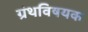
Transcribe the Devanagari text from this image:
ग्रंथविषयक